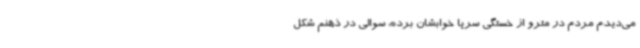
می‌دیدم مردم در مترو از خستگی سرپا خوابشان برده، سوالی در ذهنم شکل